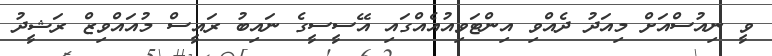
ވީ ނިއުސްއަށް މިއަދު ދެއްވި އިންޓަވިއުއެއްގައި އޭސީސީގެ ނައިބު ރައީސް މުއައްވިޒް ރަޝީދު